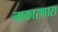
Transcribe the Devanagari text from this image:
नाकारणारा